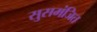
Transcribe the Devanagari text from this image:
सुसमंजित